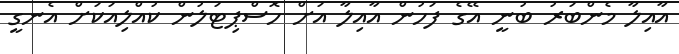
އާއިލާ މެންބަރު ބުނީ އޭގެ ފަހުން އާއިލާ އަށް ހޮސްޕިޓަލުން ކުއްލިއަކަށް އެނގީ